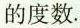
的度数。